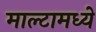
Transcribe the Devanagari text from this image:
माल्टामध्ये